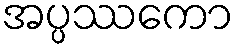
အပ္ပဿကော